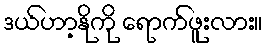
ဒယ်ဟာ့နိုကို ရောက်ဖူးလား။